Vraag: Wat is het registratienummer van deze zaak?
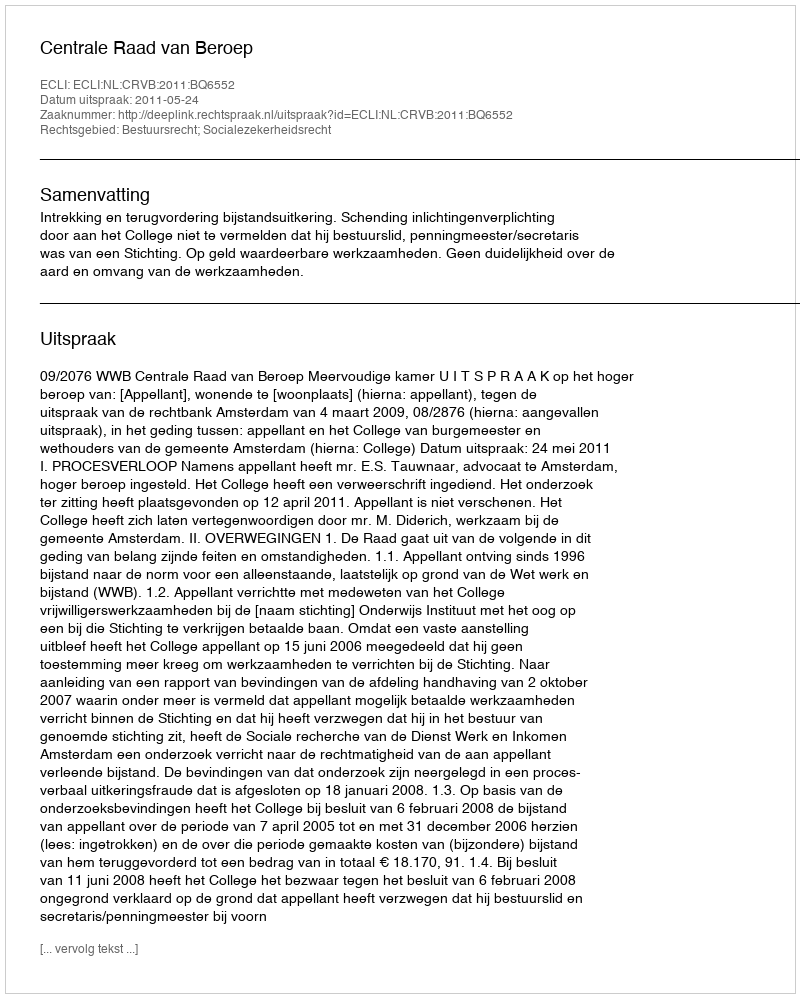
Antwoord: http://deeplink.rechtspraak.nl/uitspraak?id=ECLI:NL:CRVB:2011:BQ6552